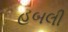
હબલી